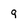
Character: 9